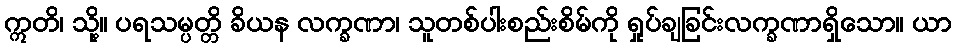
ဣတိ၊ သို့။ ပရသမ္ပတ္တိ ခိယန လက္ခဏာ၊ သူတစ်ပါးစည်းစိမ်ကို ရှုပ်ချခြင်းလက္ခဏာရှိသော။ ယာ